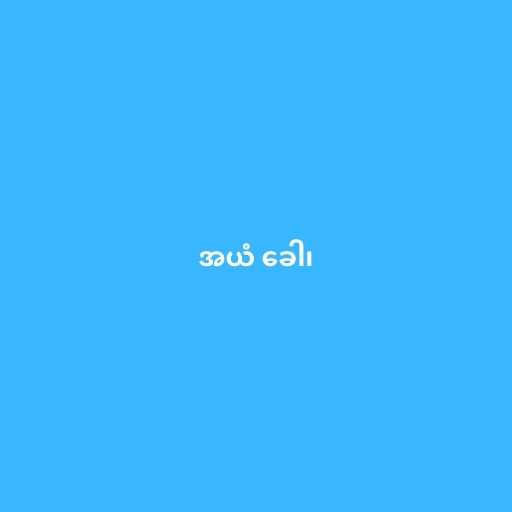
အယံ ခေါ၊